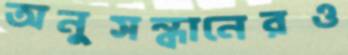
অনুসন্ধানেরও